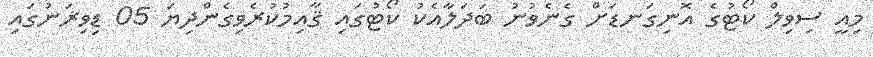
މިއީ ސިވިލް ކޯޓުގެ އޮނިގަނޑަށް ގެނެވުނު ބަދަލާއެކު ކޯޓުގައި ޤާއިމުކުރެވިގެންދިޔަ 05 ޑިވިޜަނުގައި